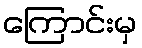
ကြောင်းမှ